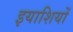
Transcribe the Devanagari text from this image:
इयाशियों